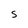
Character: S